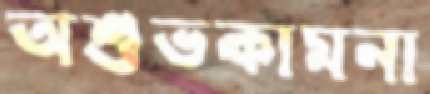
অশুভকামনা